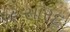
સારદ